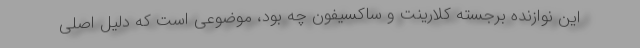
این نوازنده برجسته کلارینت و ساکسیفون چه بود، موضوعی است که دلیل اصلی